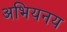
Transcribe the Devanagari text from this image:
अभियनय